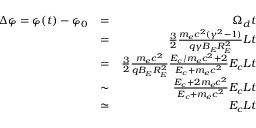
\begin{array} { r l r } { \Delta \varphi = \varphi ( t ) - \varphi _ { 0 } } & { = } & { \Omega _ { d } t } \\ & { = } & { \frac { 3 } { 2 } \frac { m _ { e } c ^ { 2 } ( \gamma ^ { 2 } - 1 ) } { q \gamma B _ { E } R _ { E } ^ { 2 } } L t } \\ & { = } & { \frac { 3 } { 2 } \frac { m _ { e } c ^ { 2 } } { { q B _ { E } R _ { E } ^ { 2 } } } \frac { E _ { c } / m _ { e } c ^ { 2 } + 2 } { E _ { c } + m _ { e } c ^ { 2 } } E _ { c } L t } \\ & { \sim } & { \frac { E _ { c } + 2 m _ { e } c ^ { 2 } } { E _ { c } + m _ { e } c ^ { 2 } } E _ { c } L t } \\ & { \simeq } & { E _ { c } L t } \end{array}